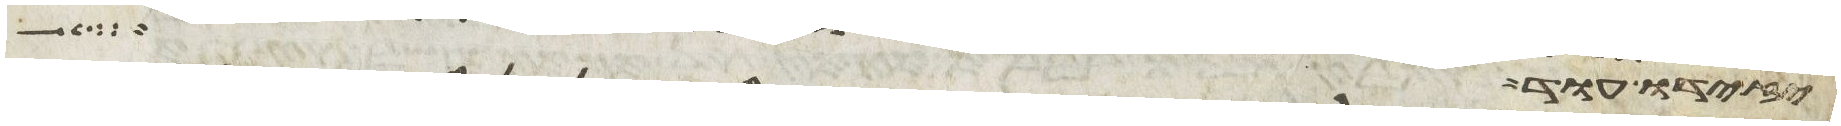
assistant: יזידו עוד